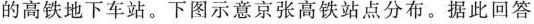
的高铁地下车站。下图示意京张高铁站点分布。据此回答